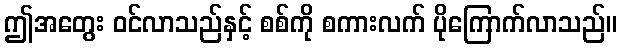
ဤအတွေး ဝင်လာသည်နှင့် စစ်ကို စကားလက် ပိုကြောက်လာသည်။